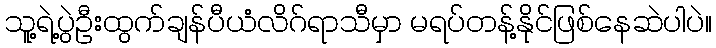
သူ့ရဲ့ပွဲဦးထွက်ချန်ပီယံလိဂ်ရာသီမှာ မရပ်တန့်နိုင်ဖြစ်နေဆဲပါပဲ။